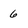
Character: 6